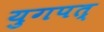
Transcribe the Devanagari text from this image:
युगपत्